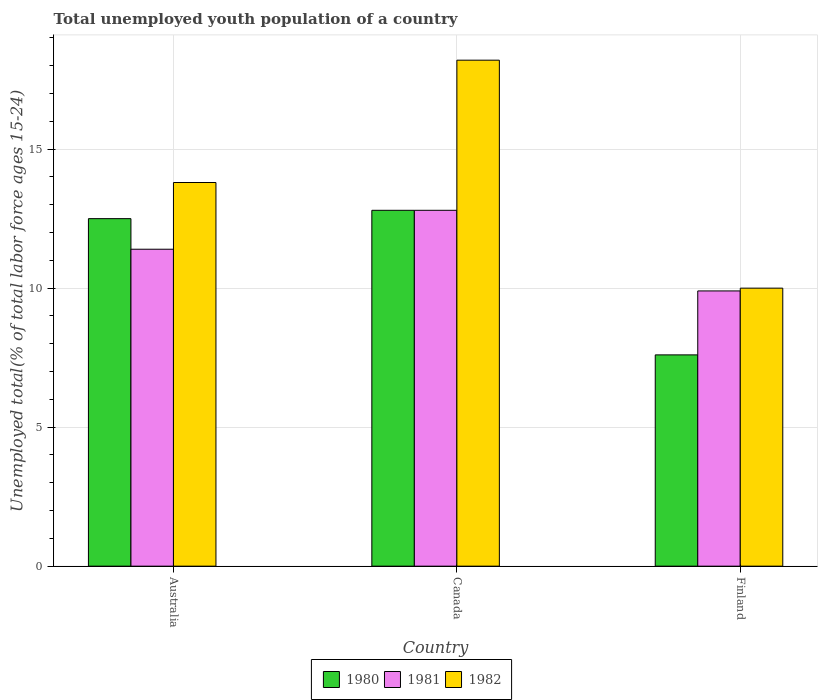
| Country | 1980 | 1981 | 1982 |
 | --- | --- | --- | --- |
 | Australia | 12.5 | 11.4 | 13.8 |
 | Canada | 12.8 | 12.8 | 18.2 |
 | Finland | 7.6 | 9.9 | 10 |